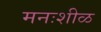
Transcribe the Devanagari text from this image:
मनःशीळ